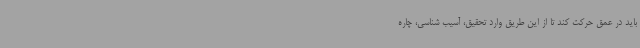
باید در عمق حرکت کند تا از این طریق وارد تحقیق، آسیب شناسی، چاره